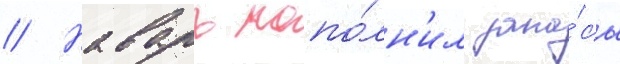
// Наварх попо́лн'ил запа́сы